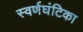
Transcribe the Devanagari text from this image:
स्वर्णघंटिका